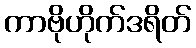
ကာဗိုဟိုက်ဒရိတ်